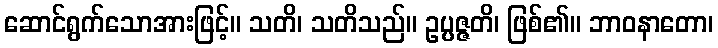
ဆောင်ရွက်သောအားဖြင့်။ သတိ၊ သတိသည်။ ဥပ္ပဇ္ဇတိ၊ ဖြစ်၏။ ဘာဝနာတော၊